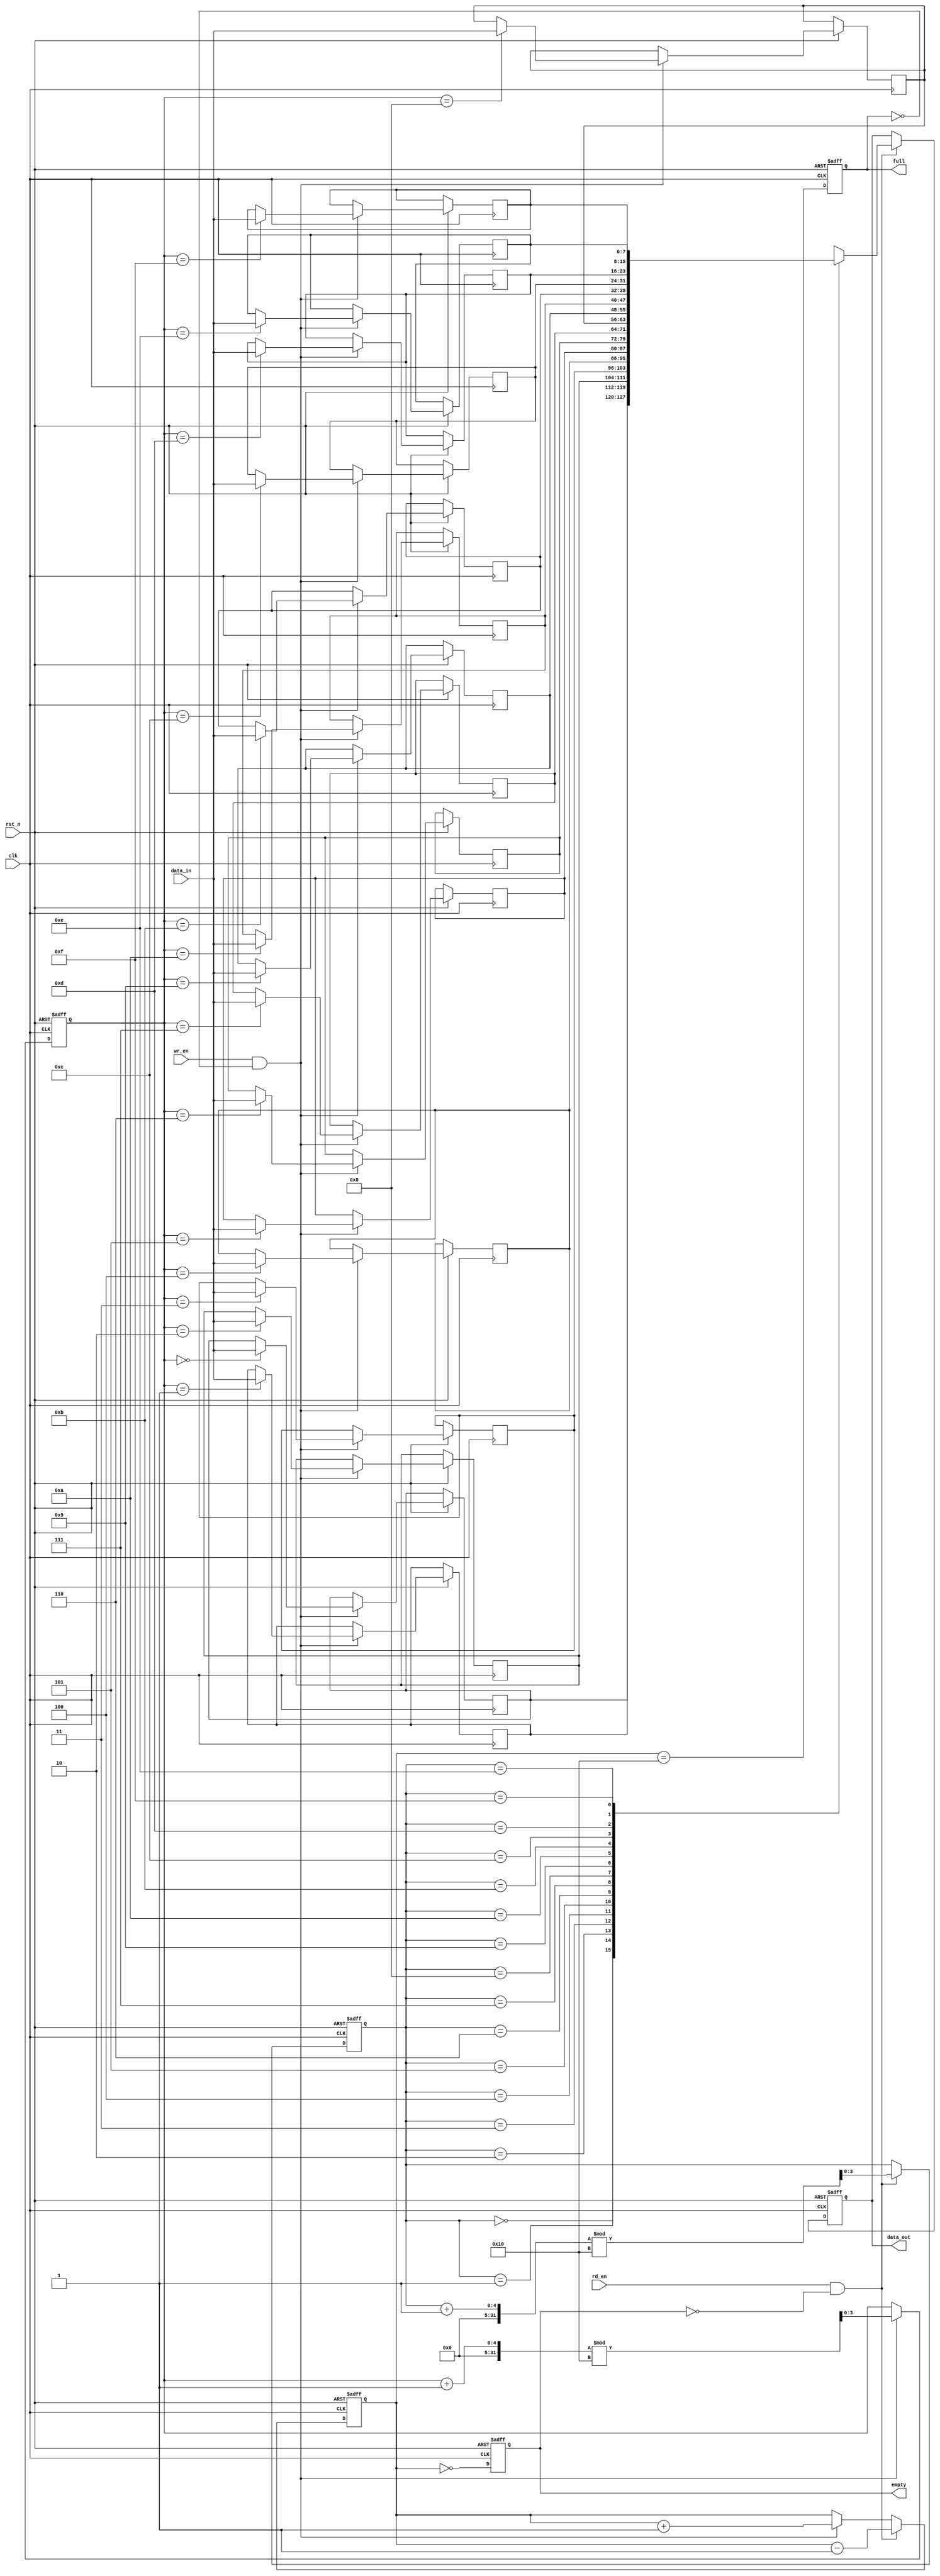
module parameterized_fifo #(
    parameter DATA_WIDTH = 8,         // Width of each data entry in bits
    parameter FIFO_DEPTH = 16          // Total number of entries (must be a power of 2)
)(
    input wire clk,                    // Clock signal
    input wire rst_n,                  // Asynchronous reset (active low)
    input wire wr_en,                  // Write enable signal
    input wire rd_en,                  // Read enable signal
    input wire [DATA_WIDTH-1:0] data_in, // Data input
    output reg [DATA_WIDTH-1:0] data_out, // Data output
    output reg full,                   // FIFO full flag
    output reg empty                   // FIFO empty flag
);

    // Internal memory array
    reg [DATA_WIDTH-1:0] fifo_mem [0:FIFO_DEPTH-1];
    reg [clog2(FIFO_DEPTH)-1:0] wr_ptr; // Write pointer
    reg [clog2(FIFO_DEPTH)-1:0] rd_ptr; // Read pointer
    reg [clog2(FIFO_DEPTH):0] count;     // Count of entries in FIFO

    // Function to calculate log2
    function integer clog2;
        input integer value;
        begin
            value = value - 1;
            for (clog2 = 0; value > 0; clog2 = clog2 + 1)
                value = value >> 1;
        end
    endfunction

    // Asynchronous reset and FIFO operation
    always @(posedge clk or negedge rst_n) begin
        if (!rst_n) begin
            wr_ptr <= 0;
            rd_ptr <= 0;
            count <= 0;
            full <= 0;
            empty <= 1;
            data_out <= 0;
        end else begin
            // Write operation
            if (wr_en && !full) begin
                fifo_mem[wr_ptr] <= data_in;
                wr_ptr <= (wr_ptr + 1) % FIFO_DEPTH;
                count <= count + 1;
            end

            // Read operation
            if (rd_en && !empty) begin
                data_out <= fifo_mem[rd_ptr];
                rd_ptr <= (rd_ptr + 1) % FIFO_DEPTH;
                count <= count - 1;
            end

            // Update full and empty flags
            full <= (count == FIFO_DEPTH);
            empty <= (count == 0);
        end
    end

endmodule